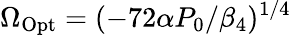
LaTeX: \Omega_{\mathrm{Opt}}=(-72\alpha P_{0}/\beta_{4})^{1/4}